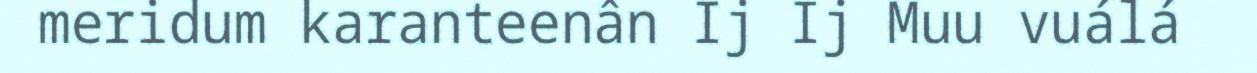
meridum karanteenân Ij Ij Muu vuálá